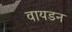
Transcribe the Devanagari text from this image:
वायडन